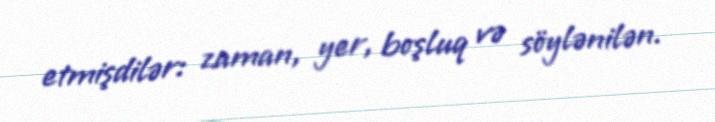
etmişdilər: zaman, yer, boşluq və söylənilən.